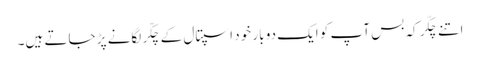
اتنے چکّر کہ بس آپ کو ایک دو بار خود اسپتال کے چکّر لگانے پڑ جاتے ہیں۔